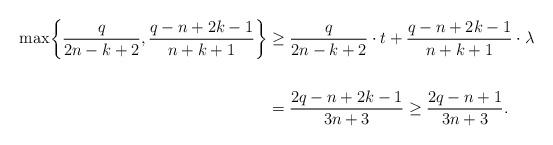
LaTeX: \begin{align*}\max\biggl \{\dfrac{q}{2n-k+2},\dfrac{q-n+2k-1}{n+k+1}\biggl\}&\ge \dfrac{q}{2n-k+2}\cdot t+\dfrac{q-n+2k-1}{n+k+1}\cdot\lambda\\\\&=\dfrac{2q-n+2k-1}{3n+3}\ge\dfrac{2q-n+1}{3n+3}.\end{align*}